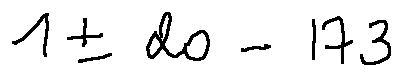
1 \pm 2 0 - 1 7 3